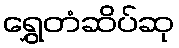
ရွှေတံဆိပ်ဆု